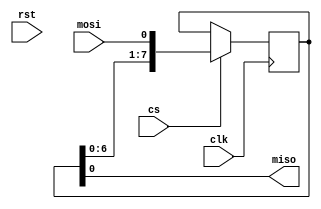
module spi_master(
    input wire rst,
    input wire clk,
    input wire cs,
    input wire mosi,
    output wire miso
);

// SPI Controller
reg [7:0] spi_data_out;
reg [7:0] spi_data_in;
reg spi_transfer_complete;

// Shift Register
reg [7:0] shift_register;
always @(posedge clk) begin
    if (cs) begin
        shift_register <= {shift_register[6:0], mosi};
    end
end

// Control Logic
assign miso = shift_register[0];
assign spi_transfer_complete = 1'b0; // To be implemented

// State Machine
reg [2:0] state;
parameter IDLE = 3'b000;
parameter TRANSMIT = 3'b001;
parameter RECEIVE = 3'b010;
always @(posedge clk) begin
    if (rst) begin
        state <= IDLE;
    end else begin
        case(state)
            IDLE: begin
                if (cs) begin
                    state <= TRANSMIT;
                end
            end
            TRANSMIT: begin
                if (spi_transfer_complete) begin
                    state <= RECEIVE;
                end
            end
            RECEIVE: begin
                if (spi_transfer_complete) begin
                    state <= IDLE;
                end
            end
        endcase
    end
end

// Data Buffer
reg [7:0] data_buffer;
always @(posedge clk) begin
    if (state == RECEIVE) begin
        data_buffer <= spi_data_in;
    end
end

// Error Handling
// To be implemented

endmodule